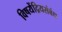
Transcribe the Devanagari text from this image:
विषयेंद्रियसंबंध